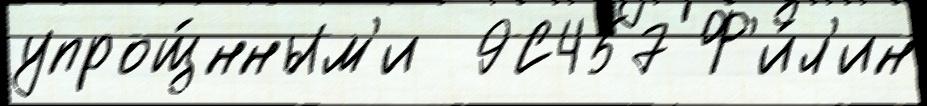
упрощ́нным'и  9С457 Ф'и́л'ин